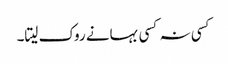
کسی نہ کسی بہانے روک لیتا۔